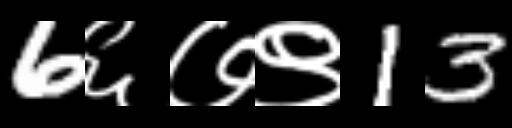
Text: 6६७९13